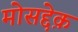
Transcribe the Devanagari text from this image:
मोसद्देक़